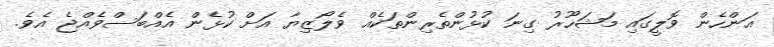
އަންހެން ވޮލީގައި މަޝަހޫރު ގިނަ ކުޅުންތެރިންތަކެއް ވެލޯޒިޔާ އަށް ކުޅެން އެއްބަސްވެއްޖެ އެވެ.